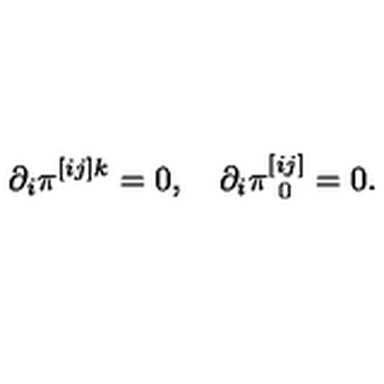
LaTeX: \partial _ { i } \pi ^ { [ i j ] k } = 0 , \quad \partial _ { i } \pi _ { \ 0 } ^ { [ i j ] } = 0 .